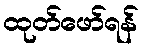
ထုတ်ဖော်ရန်